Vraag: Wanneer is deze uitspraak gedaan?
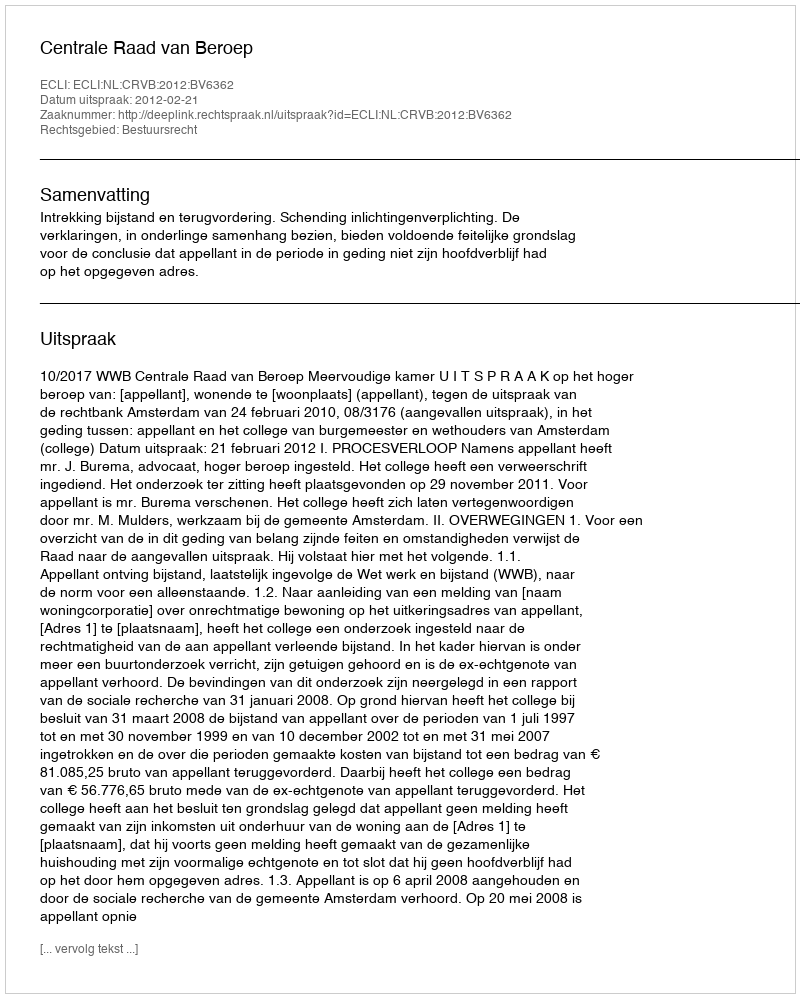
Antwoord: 2012-02-21